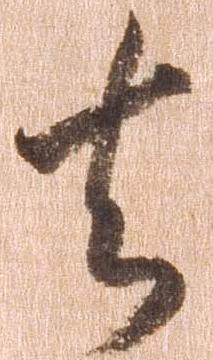
去